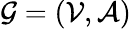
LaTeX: \mathcal{G}=(\mathcal{V},\mathcal{A})